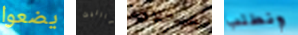
يضعوا بارنيت بسجلات ونطلب